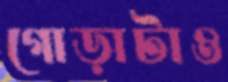
গোড়াটাও